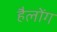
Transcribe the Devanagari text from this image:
हैलोंग